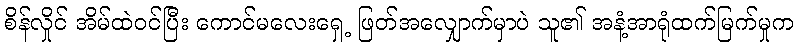
စိန်လှိုင် အိမ်ထဲဝင်ပြီး ကောင်မလေးရှေ့ ဖြတ်အလျှောက်မှာပဲ သူ၏ အနံ့အာရုံထက်မြက်မှုက